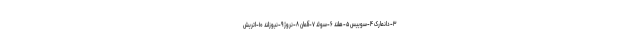
۳-دانمارک ۴-سوییس ۵-هلند ۶-سوئد ۷-آلمان ۸-نروژ ۹-نیوزلند ۱۰-اتریش